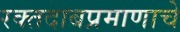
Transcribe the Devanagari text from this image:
रक्तदाबप्रमाणाचे